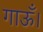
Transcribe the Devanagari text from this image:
गाऊँ।